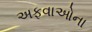
અફવાઓના